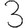
Digit: 3